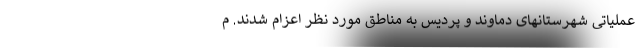
عملیاتی شهرستانهای دماوند و پردیس به مناطق مورد نظر اعزام شدند. م